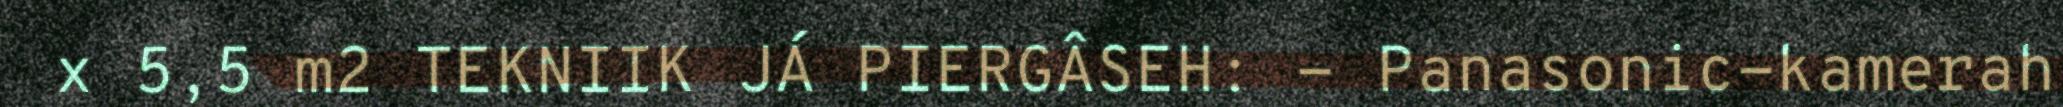
x 5,5 m2 TEKNIIK JÁ PIERGÂSEH: - Panasonic-kamerah